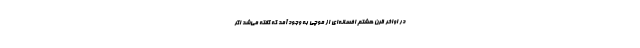
در اواخر قرن هشتم افسانه‌ای از موچی به وجود آمد که گفته می‌شد اگر